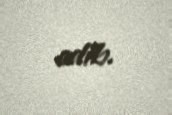
edib.